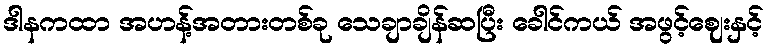
ဒါနကထာ အဟန့်အတားတစ်ခု သေချာချိန်ဆပြီး ခေါင်ကယ် အဖွင့်ဈေးနှင့်